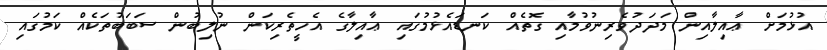
އުޅުމަށް ޢާއިލާއިން މަދަދުވެރިނުވުމާއި ގޮތެއް ކަނޑައެޅުމުގައި ޢާއިލާގެ އެހީތެރިކަން ނުލިބުން ސަބަބުތަކެއް ކަމުގައި